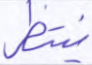
ينتظر